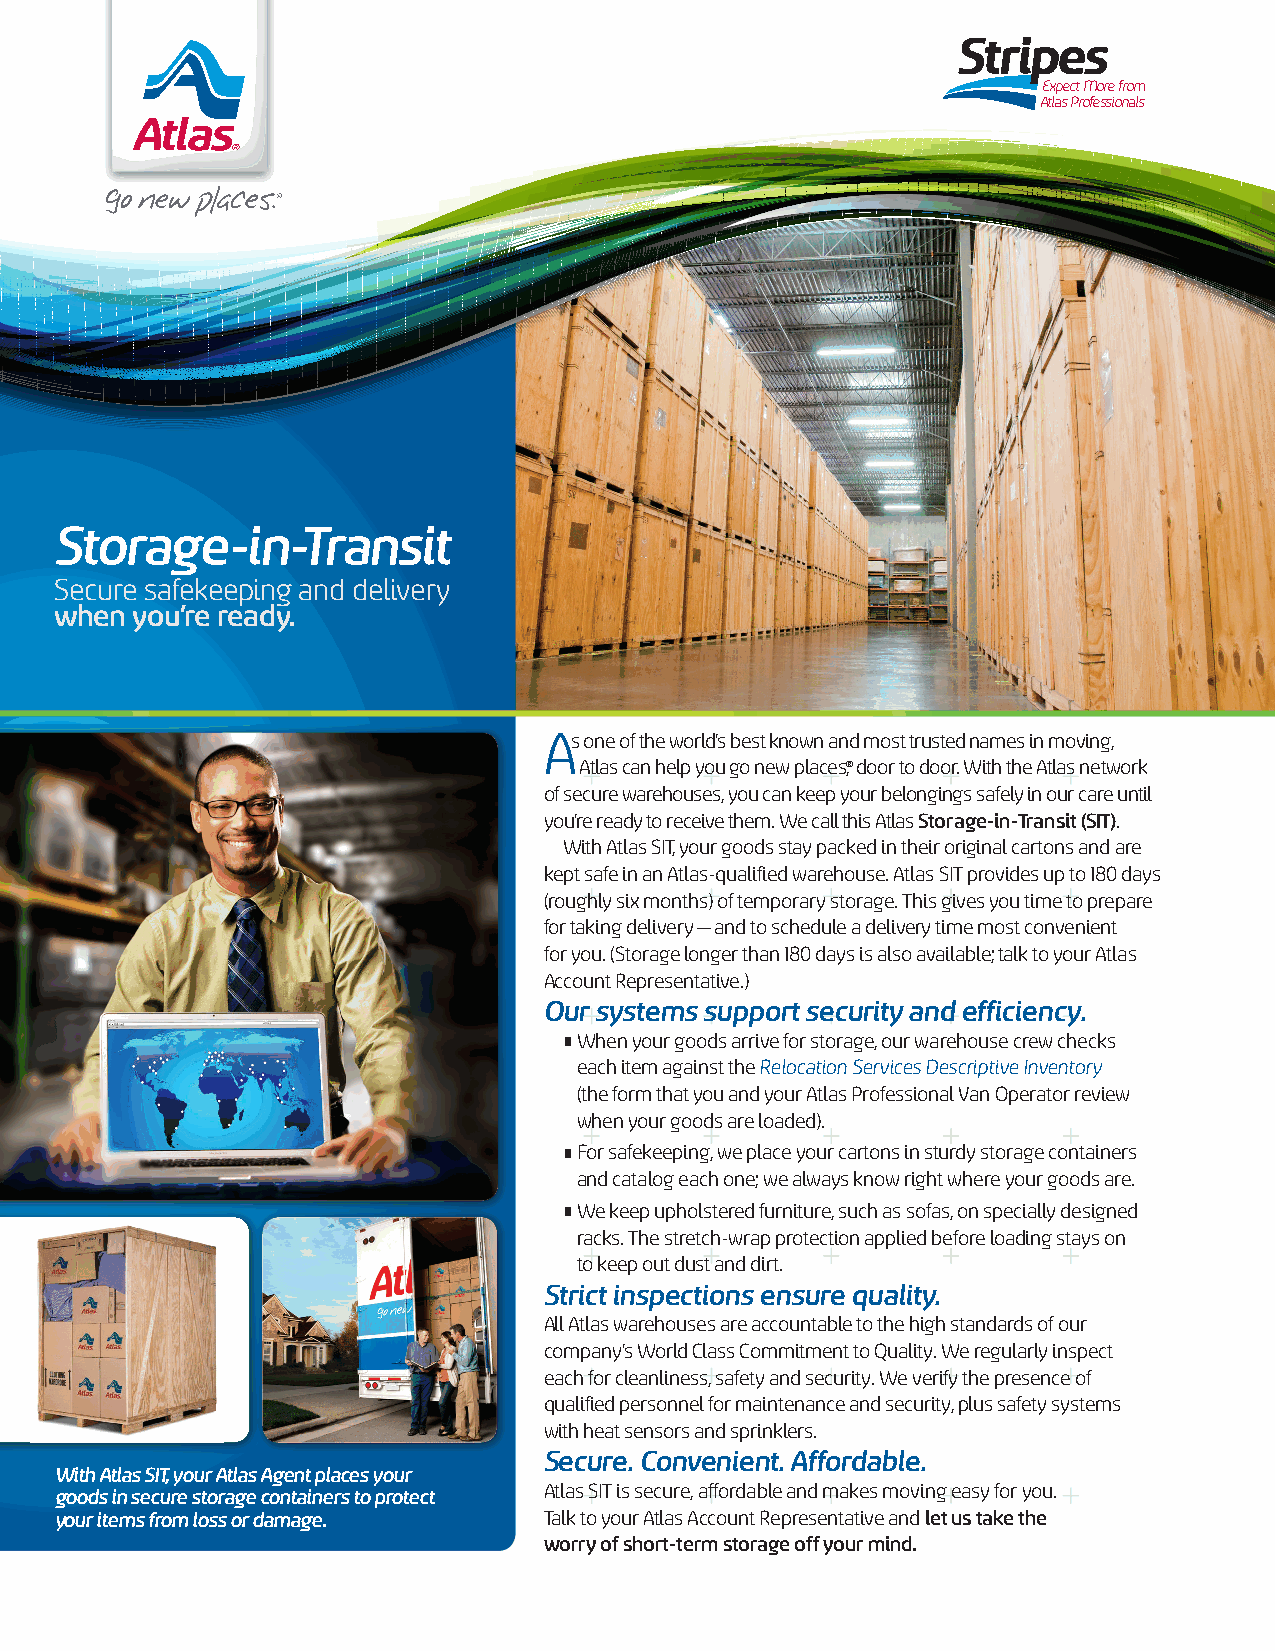
Expect More from   Earning the
 Atlas Professionals Atlas Agent Distinction
 Earning the        Earning the
 Atlas Agent Distinction Atlas Agent Distinction
 Stripes
 Stripes
 Expect More from
 Earning the
 Atlas Professionals
 Atlas Agent Distinction
 Stripes
 Stripes
 Earning the        Earning the
 Atlas Agent Distinction Atlas Agent Distinction
 Storage-in-Transit
 Secure safekeeping and delivery
 when you’re ready.
 A
 s one of the world’s best known and most trusted names in moving,
 Atlas can help you go new places,® door to door. With the Atlas network
 of secure warehouses, you can keep your belongings safely in our care until
 you’re ready to receive them. We call this Atlas Storage-in-Transit (SIT).
 With Atlas SIT, your goods stay packed in their original cartons and are
 kept safe in an Atlas-qualified warehouse. Atlas SIT provides up to 180 days
 (roughly six months) of temporary storage. This gives you time to prepare
 for taking delivery—and to schedule a delivery time most convenient
 for you. (Storage longer than 180 days is also available; talk to your Atlas
 Account Representative.)
 Our systems support security and efficiency.
 •
 W hen your goods arrive for storage, our warehouse crew checks
 each item against the Relocation Services Descriptive Inventory
 (the form that you and your Atlas Professional Van Operator review
 when your goods are loaded).
 •
 F or safekeeping, we place your cartons in sturdy storage containers
 and catalog each one; we always know right where your goods are.
 •
 W e keep upholstered furniture, such as sofas, on specially designed
 racks. The stretch-wrap protection applied before loading stays on
 to keep out dust and dirt.
 Strict inspections ensure quality.
 All Atlas warehouses are accountable to the high standards of our
 company’s World Class Commitment to Quality. We regularly inspect
 each for cleanliness, safety and security. We verify the presence of
 qualified personnel for maintenance and security, plus safety systems
 with heat sensors and sprinklers.
 Secure. Convenient. Affordable.
 With Atlas SIT, your Atlas Agent places your
 Atlas SIT is secure, affordable and makes moving easy for you.
 goods in secure storage containers to protect
 your items from loss or damage. Talk to your Atlas Account Representative and let us take the
 worry of short-term storage off your mind.